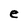
Character: e